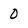
Character: 0